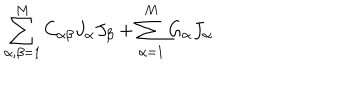
\sum _ { \alpha , \beta = 1 } ^ { M } C _ { \alpha \beta } J _ { \alpha } J _ { \beta } + \sum _ { \alpha = 1 } ^ { M } G _ { \alpha } J _ { \alpha }